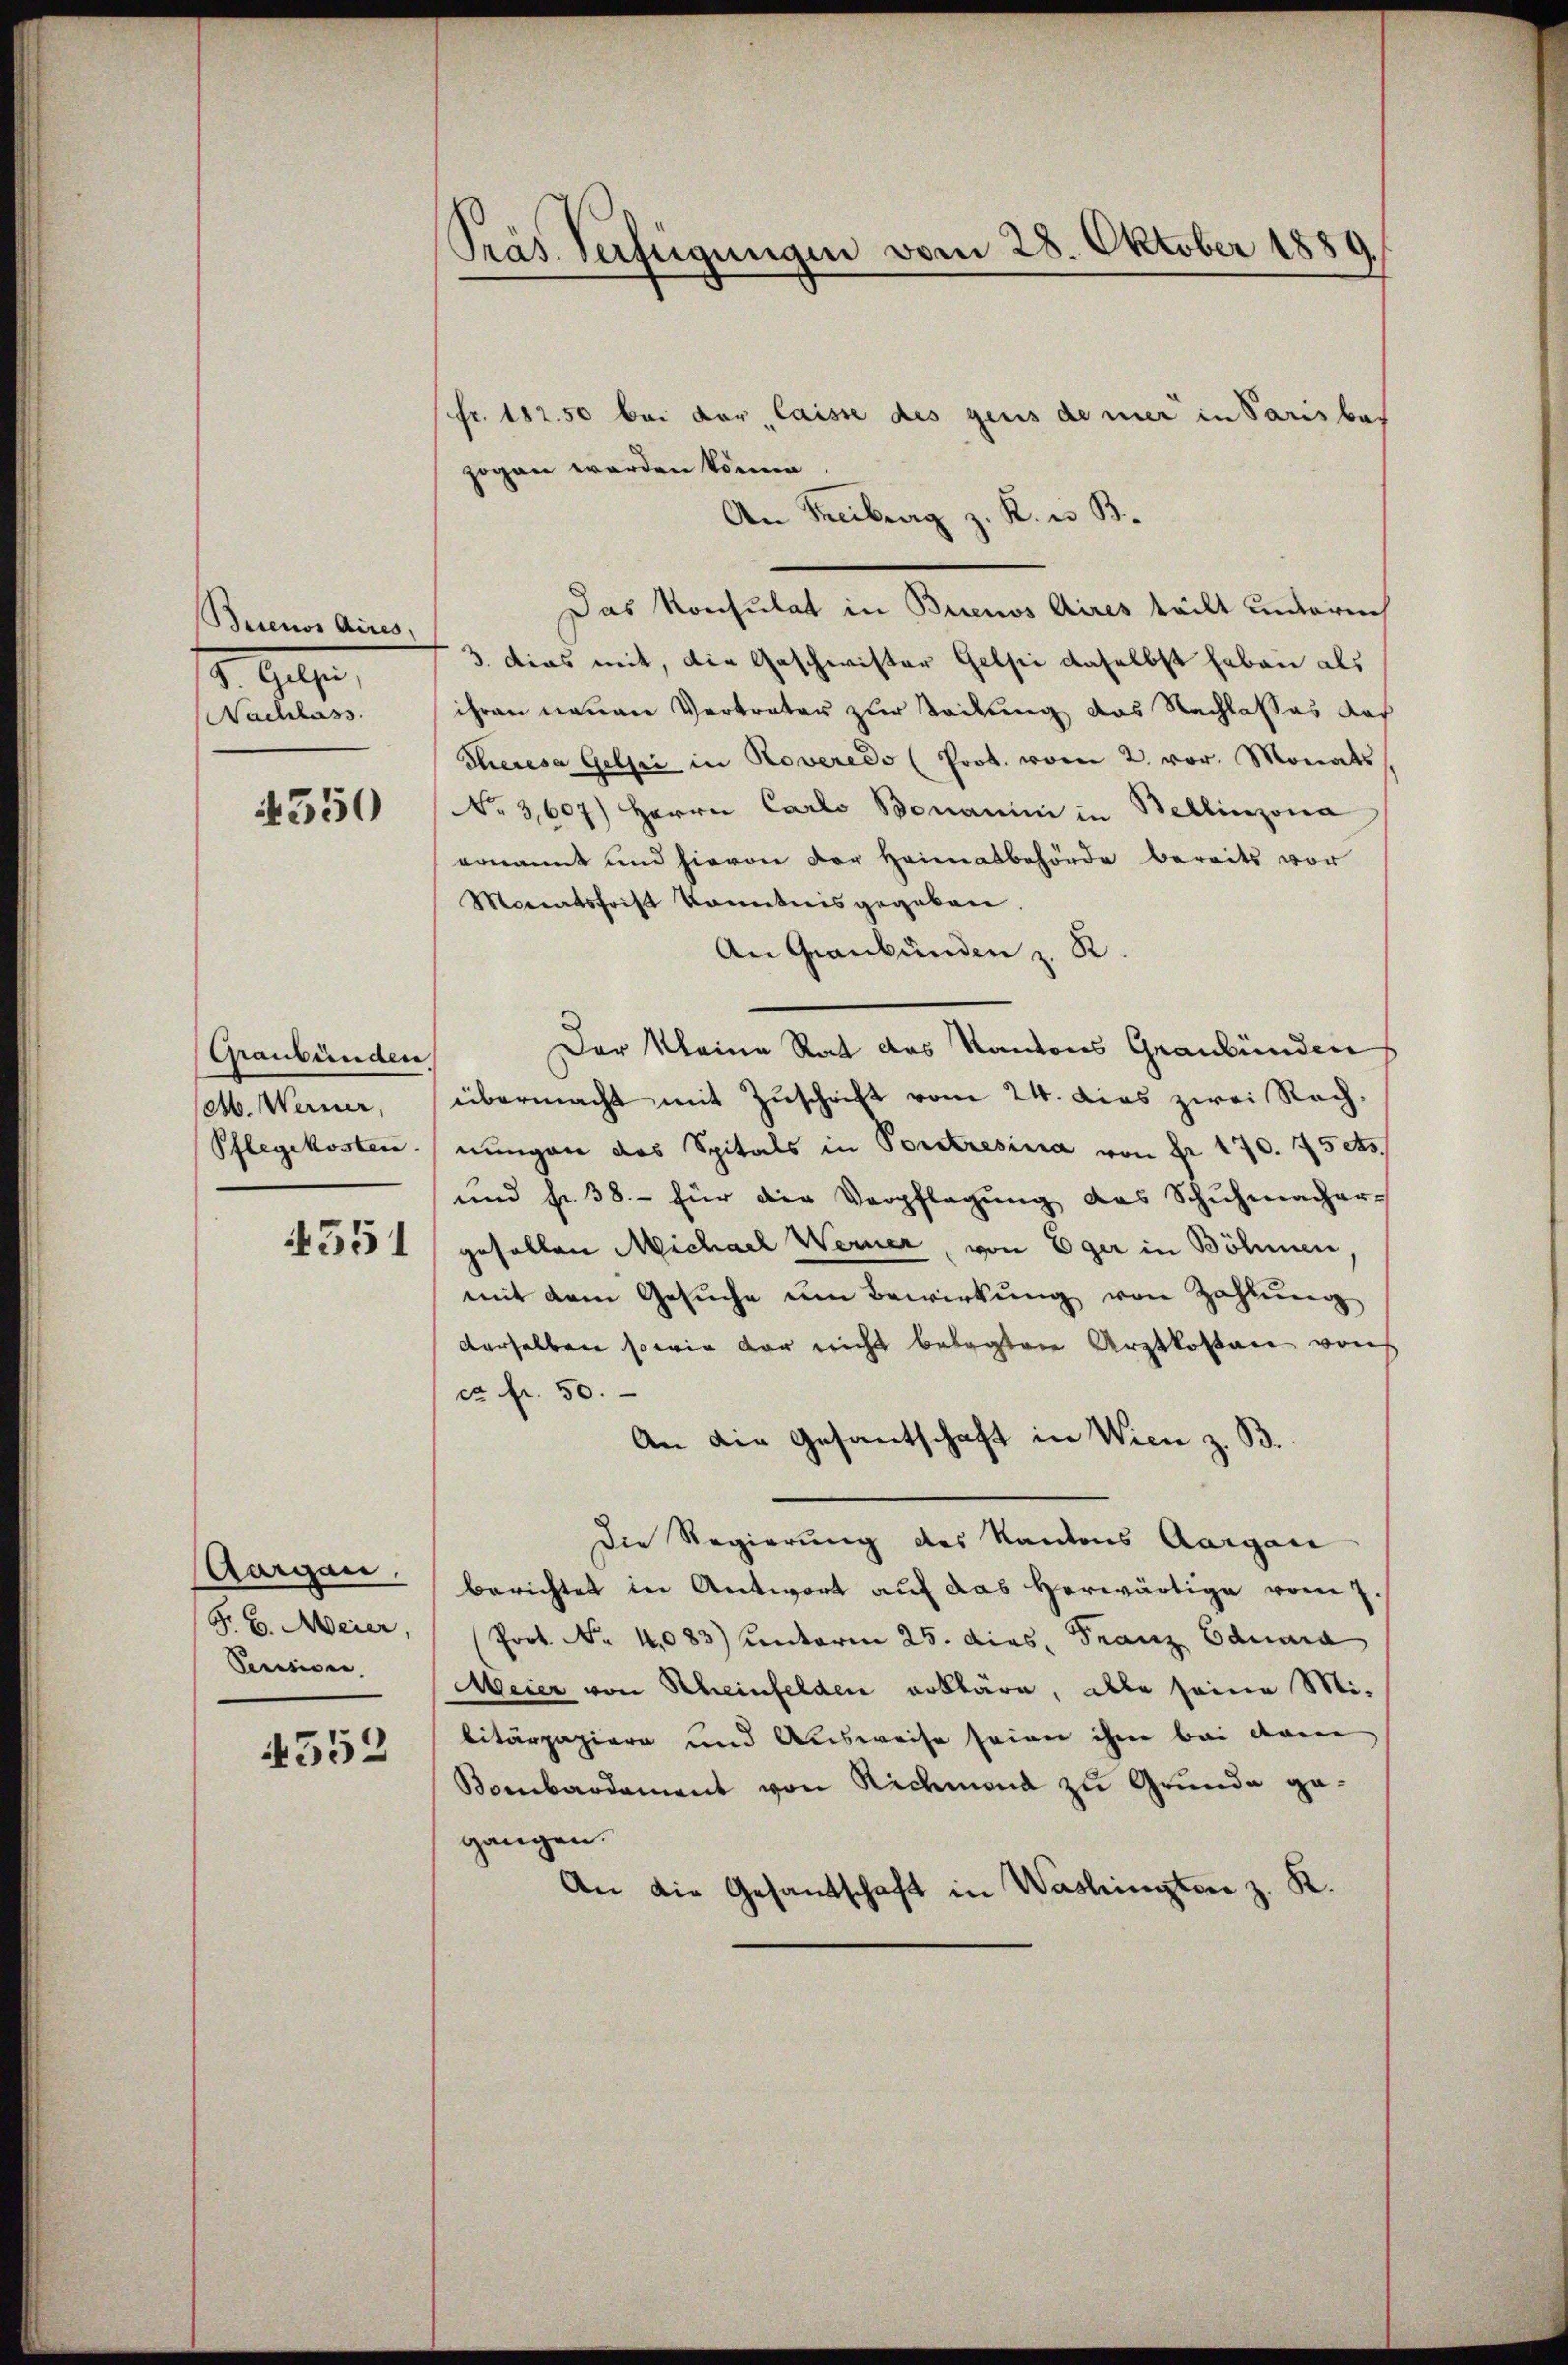
Beienos Aires,
s. Gegen,
Nachlass

4350

Graubünden
M. Werner,
Pflegekosten

551

Aargau.
G. B. Meier,
Pecisione.

4552

Präs. Verfügungen vom 28. Oktober 1889

Fr. 182. 50 bei der laisse des gens de mer in Paris bes
zogen werden könne.
An Treiburg z. K. u. B.
Das Konsulat in Buenos Aires täckt underech
3. dies mit, die Geschwister Gelei daselbst haben als
ihren neuen Vertreter zur Teilung das Nachlasses das
Theresa Gelpi in Roveredo (Prot. vom 2. vor. Monats
No͇ 3,607) Herrn Carlo Bonanimi in Bellinzona
ernannt und hievon der Heimatbehörde bereits vor
Monatsfrist konntnis gegeben.
An Graubünden z. R
Der Kleine Rat des Kantons Graubünden
übermacht mit Zuschrift vom 24. das zwei Rechnungen das Spitals in Portresia von Fr. 170. 75 As
und fr. 38.- für die Verpflegung das Schŭhmacher-
gefallen Michael Werner, von Eger in Böhmen,
mit dem Gesŭche um Bewirkung von Zahlung
derselben so wie der nicht belegten Arztkosten von
ca fl. 50.
An die Gesantschaft in Wien z. B.
Die Regierung des Kantons Aargau
berichtet in Antwort auf das herwärtige vom 7
Prot. Nr. 4083) Unterm 25. dies. Franz Odunia
Meier von Rheinfelden erkläre, alle seine Mi-
litärpapiere und Ausweise seien ihm bei dann
Kombardament von Richmand zu Grunde gegangen.
An die Gesandschaft in Washingten z. K.